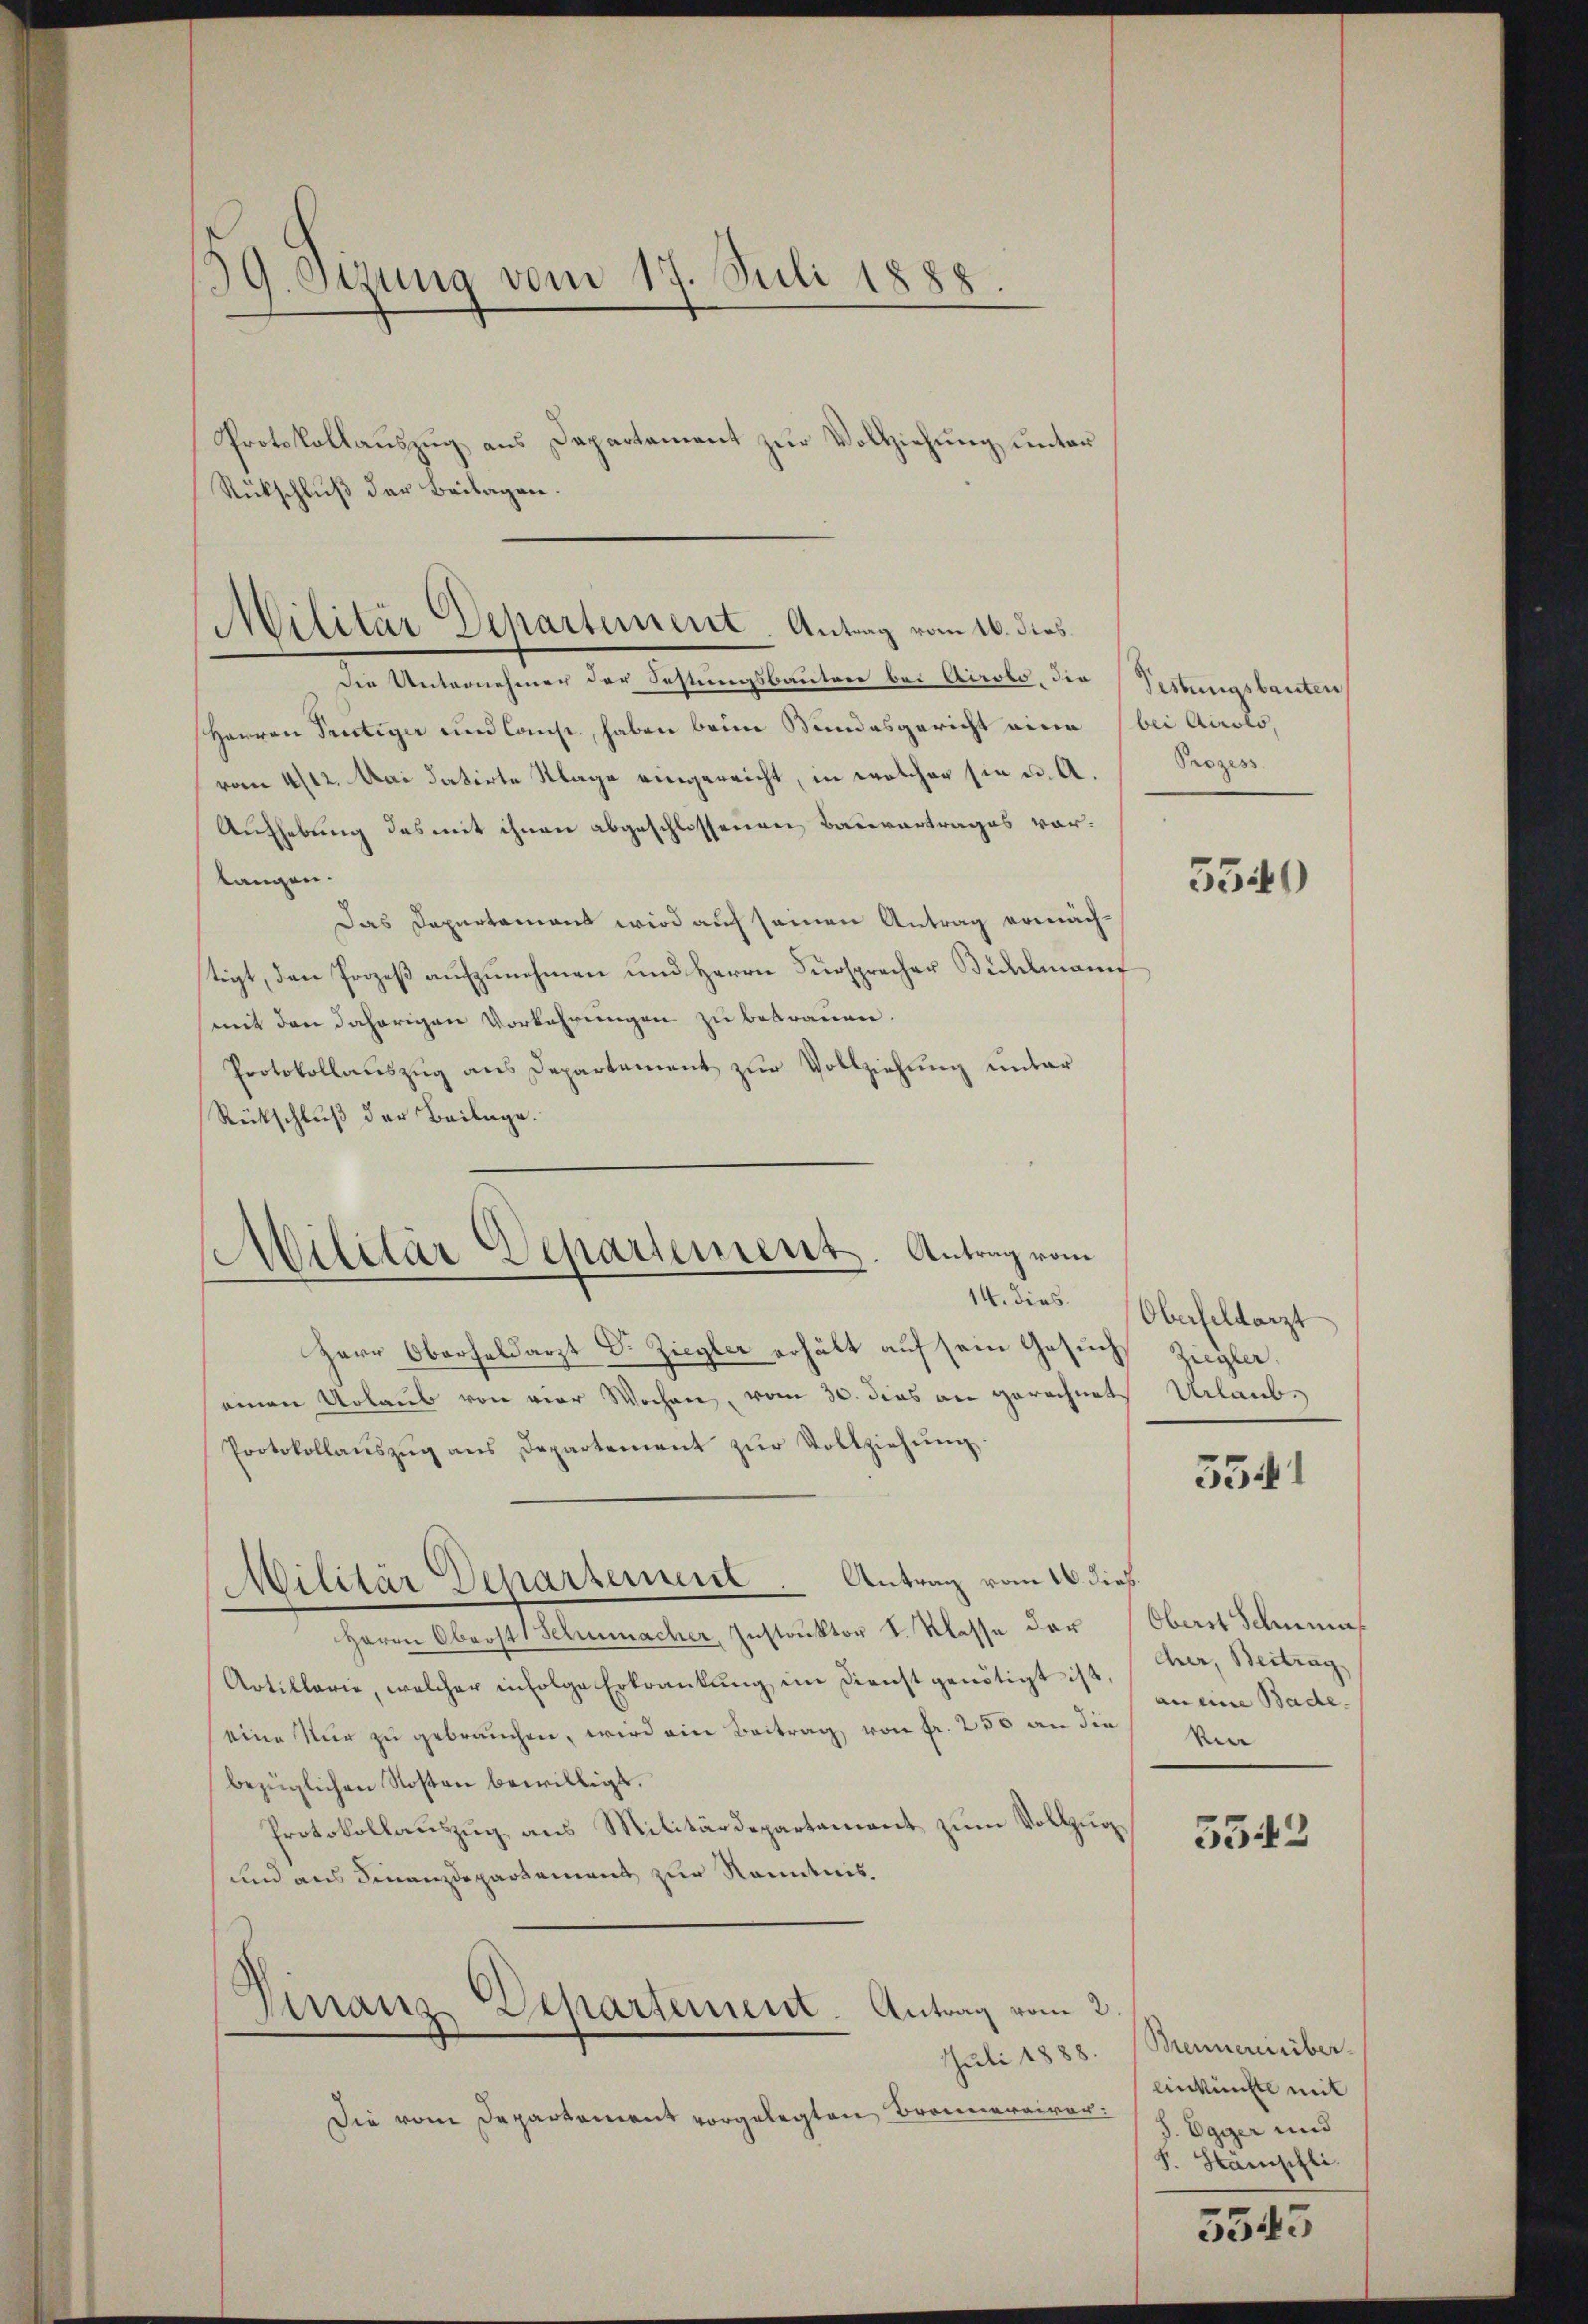
39. Sizung vom 17. Juli 1888.

Protokollaŭszŭg ans Departament zŭr Vollziehŭng ŭnter
Rückschluß der Beilagen.

Militär Departement. Antrag vom 16. dies

Die Unternehmer der Festungsbautere bei Airolo, die Pestungsbauten,
Herren Teutiger und Const, haben beim Bundesgericht eine bei Airolo,
vom 4/12. Mai datirte Klage eingereicht, in welcher sie u. A.
Aufhebung das mit ihnen abgeschlossenen Bauvertrages vortangen.
Das Departament wird auf seinen Antrag ermächtigt, den Prozeß aufzunehmen und Herrn Fürsprecher Bidelmann
mit den daherigen Vorkehrungen zu betrauen.
Protokollaŭszŭg ans Departement zur Vollziehung unter
Rückschluß der Beilage.

Abilitär Departement. Antrag vom

Militär Departement. Antrag vom 16. dieß.

Prozess

Herr Oberfeldarzt Dr. Ziegler erhält auf sein Gesuchs Ziegler,
einen Urlaub von vier Wochen, vom 30. dies an gerechnetes Urlaub.
Protokollanszŭg ans Departement zŭr Vollziehŭng.
Herrn Oberst Schumacher, Instruktor I. Klasse der Oberst Schuma¬
Artiklarie, welcher infolge Erkrankung im Dienst genötigt ist,
eine Nur zu gebrauchen, wird ein Beitrag von Fr. 250 an die
bezüglichen Kosten bewilligt.
Protokollauszug aus Militärdepartement zum Vollzug¬
und aus Finanzdepartement zur Kenntnis
Finanz-Departement. Antrag vom 2.
Juli 1888. (Mennereinber
Die vom Departement vorgelegten Bronnereirer:

5540

14. dies Oberfeldarzt

5541

Cher, Beitrag
an eine Bade
ver

5542

Einkünfte mit
J. Egger und
F. Stänischli

5545